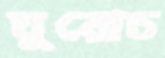
ঘুরোচ